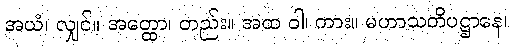
အယံ၊ လျှင်။ အတ္ထော၊ တည်း။ အထ ဝါ၊ ကား။ မဟာသတိပဋ္ဌာနေ၊